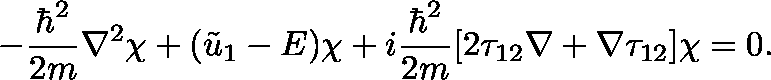
- { \frac { \hbar ^ { 2 } } { 2 m } } \nabla ^ { 2 } \chi + ( { \tilde { u } } _ { 1 } - E ) \chi + i { \frac { \hbar ^ { 2 } } { 2 m } } [ 2 \mathbf { \tau } _ { 1 2 } \nabla + \nabla \mathbf { \tau } _ { 1 2 } ] \chi = 0 .